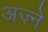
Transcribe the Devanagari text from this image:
अज़्ने